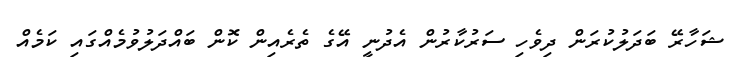
ޝަހާރޭ ބަދަލުކުރަން ދިވެހި ސަރުކާރުން އެދުނީ އޭގެ ތެރެއިން ކޮން ބައްދަލުވުމެއްގައި ކަމެއް